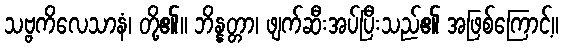
သဗ္ဗကိလေသာနံ၊ တို့၏။ ဘိန္နတ္တာ၊ ဖျက်ဆီးအပ်ပြီးသည်၏ အဖြစ်ကြောင့်။